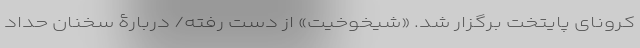
کرونای پایتخت برگزار شد. «شیخوخیتِ» از دست رفته/ دربارۀ سخنان حداد